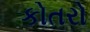
કોતરો